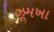
ઝૂમખા